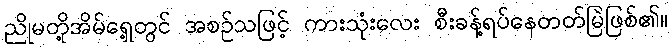
ညိုမတို့အိမ်ရှေ့တွင် အစဉ်သဖြင့် ကားသုံးလေး စီးခန့်ရပ်နေတတ်မြဲဖြစ်၏။